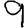
Digit: 9